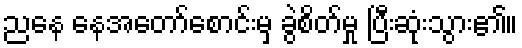
ညနေ နေအတော်စောင်းမှ ခွဲစိတ်မှု ပြီးဆုံးသွား၏။